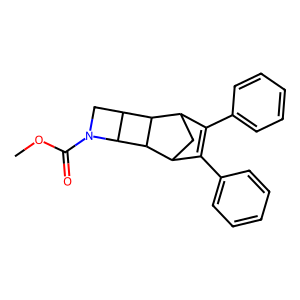
SMILES: COC(=O)N1CC2C3C4CC(C(c5ccccc5)=C4c4ccccc4)C3C21
Inhibits HIV replication: No